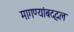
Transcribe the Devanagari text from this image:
मागण्यांबद्दल